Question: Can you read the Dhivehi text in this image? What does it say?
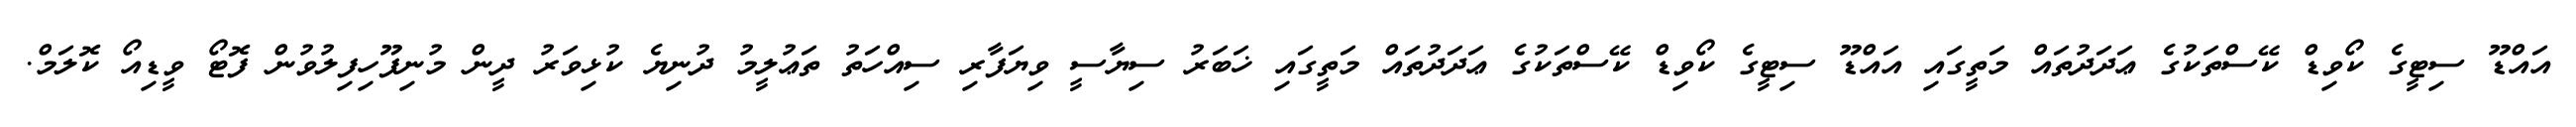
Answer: އައްޑޫ ސިޓީގެ ކޯވިޑް ކޭސްތަކުގެ ޢަދަދުތައް މަތީގައި އައްޑޫ ސިޓީގެ ކޯވިޑް ކޭސްތަކުގެ ޢަދަދުތައް މަތީގައި ޚަބަރު ސިޔާސީ ވިޔަފާރި ސިއްހަތު ތަޢުލީމު ދުނިޔެ ކުޅިވަރު ދީން މުނިފޫހިފިލުވުން ފޮޓޯ ވީޑިއޯ ކޮލަމް.